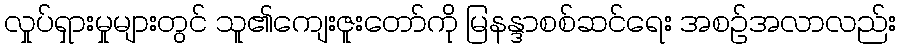
လှုပ်ရှားမှုများတွင် သူ၏ကျေးဇူးတော်ကို မြနန္ဒာစစ်ဆင်ရေး အစဉ်အလာလည်း